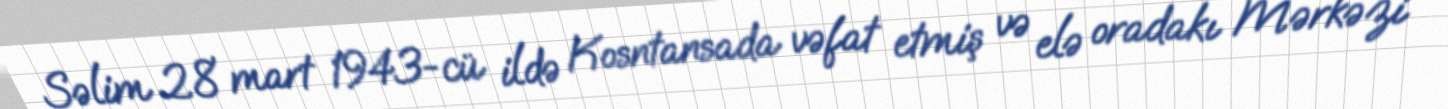
Səlim 28 mart 1943-cü ildə Kosntansada vəfat etmiş və elə oradakı Mərkəzi